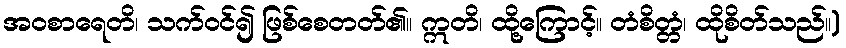
အဝစာရေတိ၊ သက်ဝင်၍ ဖြစ်စေတတ်၏။ ဣတိ၊ ထို့ကြောင့်။ တံစိတ္တံ၊ ထိုစိတ်သည်။)